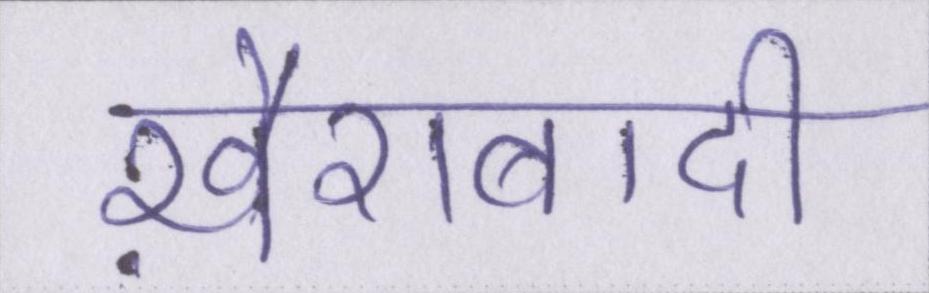
ख़ैराबादी